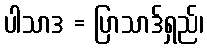
ပါသာဒ = ပြာသာဒ်ရှည်၊